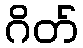
ဂိတ်